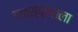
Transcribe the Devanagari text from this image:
एक्स्प्रेसला